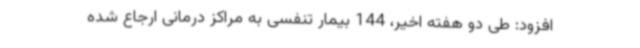
افزود: طی دو هفته اخیر، 144 بیمار تنفسی به مراکز درمانی ارجاع شده